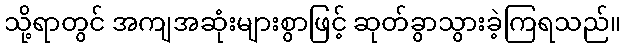
သို့ရာတွင် အကျအဆုံးများစွာဖြင့် ဆုတ်ခွာသွားခဲ့ကြရသည်။